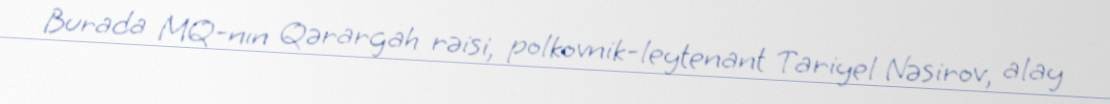
Burada MQ-nın Qərargah rəisi, polkovnik-leytenant Tariyel Nəsirov, alay